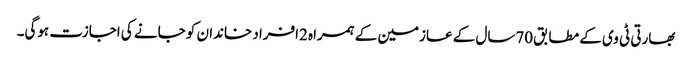
بھارتی ٹی وی کے مطابق70سال کے عازمین کے ہمراہ 2افراد خاندان کو جانے کی اجازت ہوگی۔